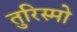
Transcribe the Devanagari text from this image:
तुरिस्मो